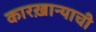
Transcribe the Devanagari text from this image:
कारख़ान्याची